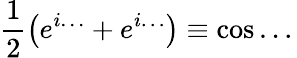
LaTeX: \frac 12\left(e^{i\dots{}}+e^{i\dots{}}\right)\equiv\cos\dots{}